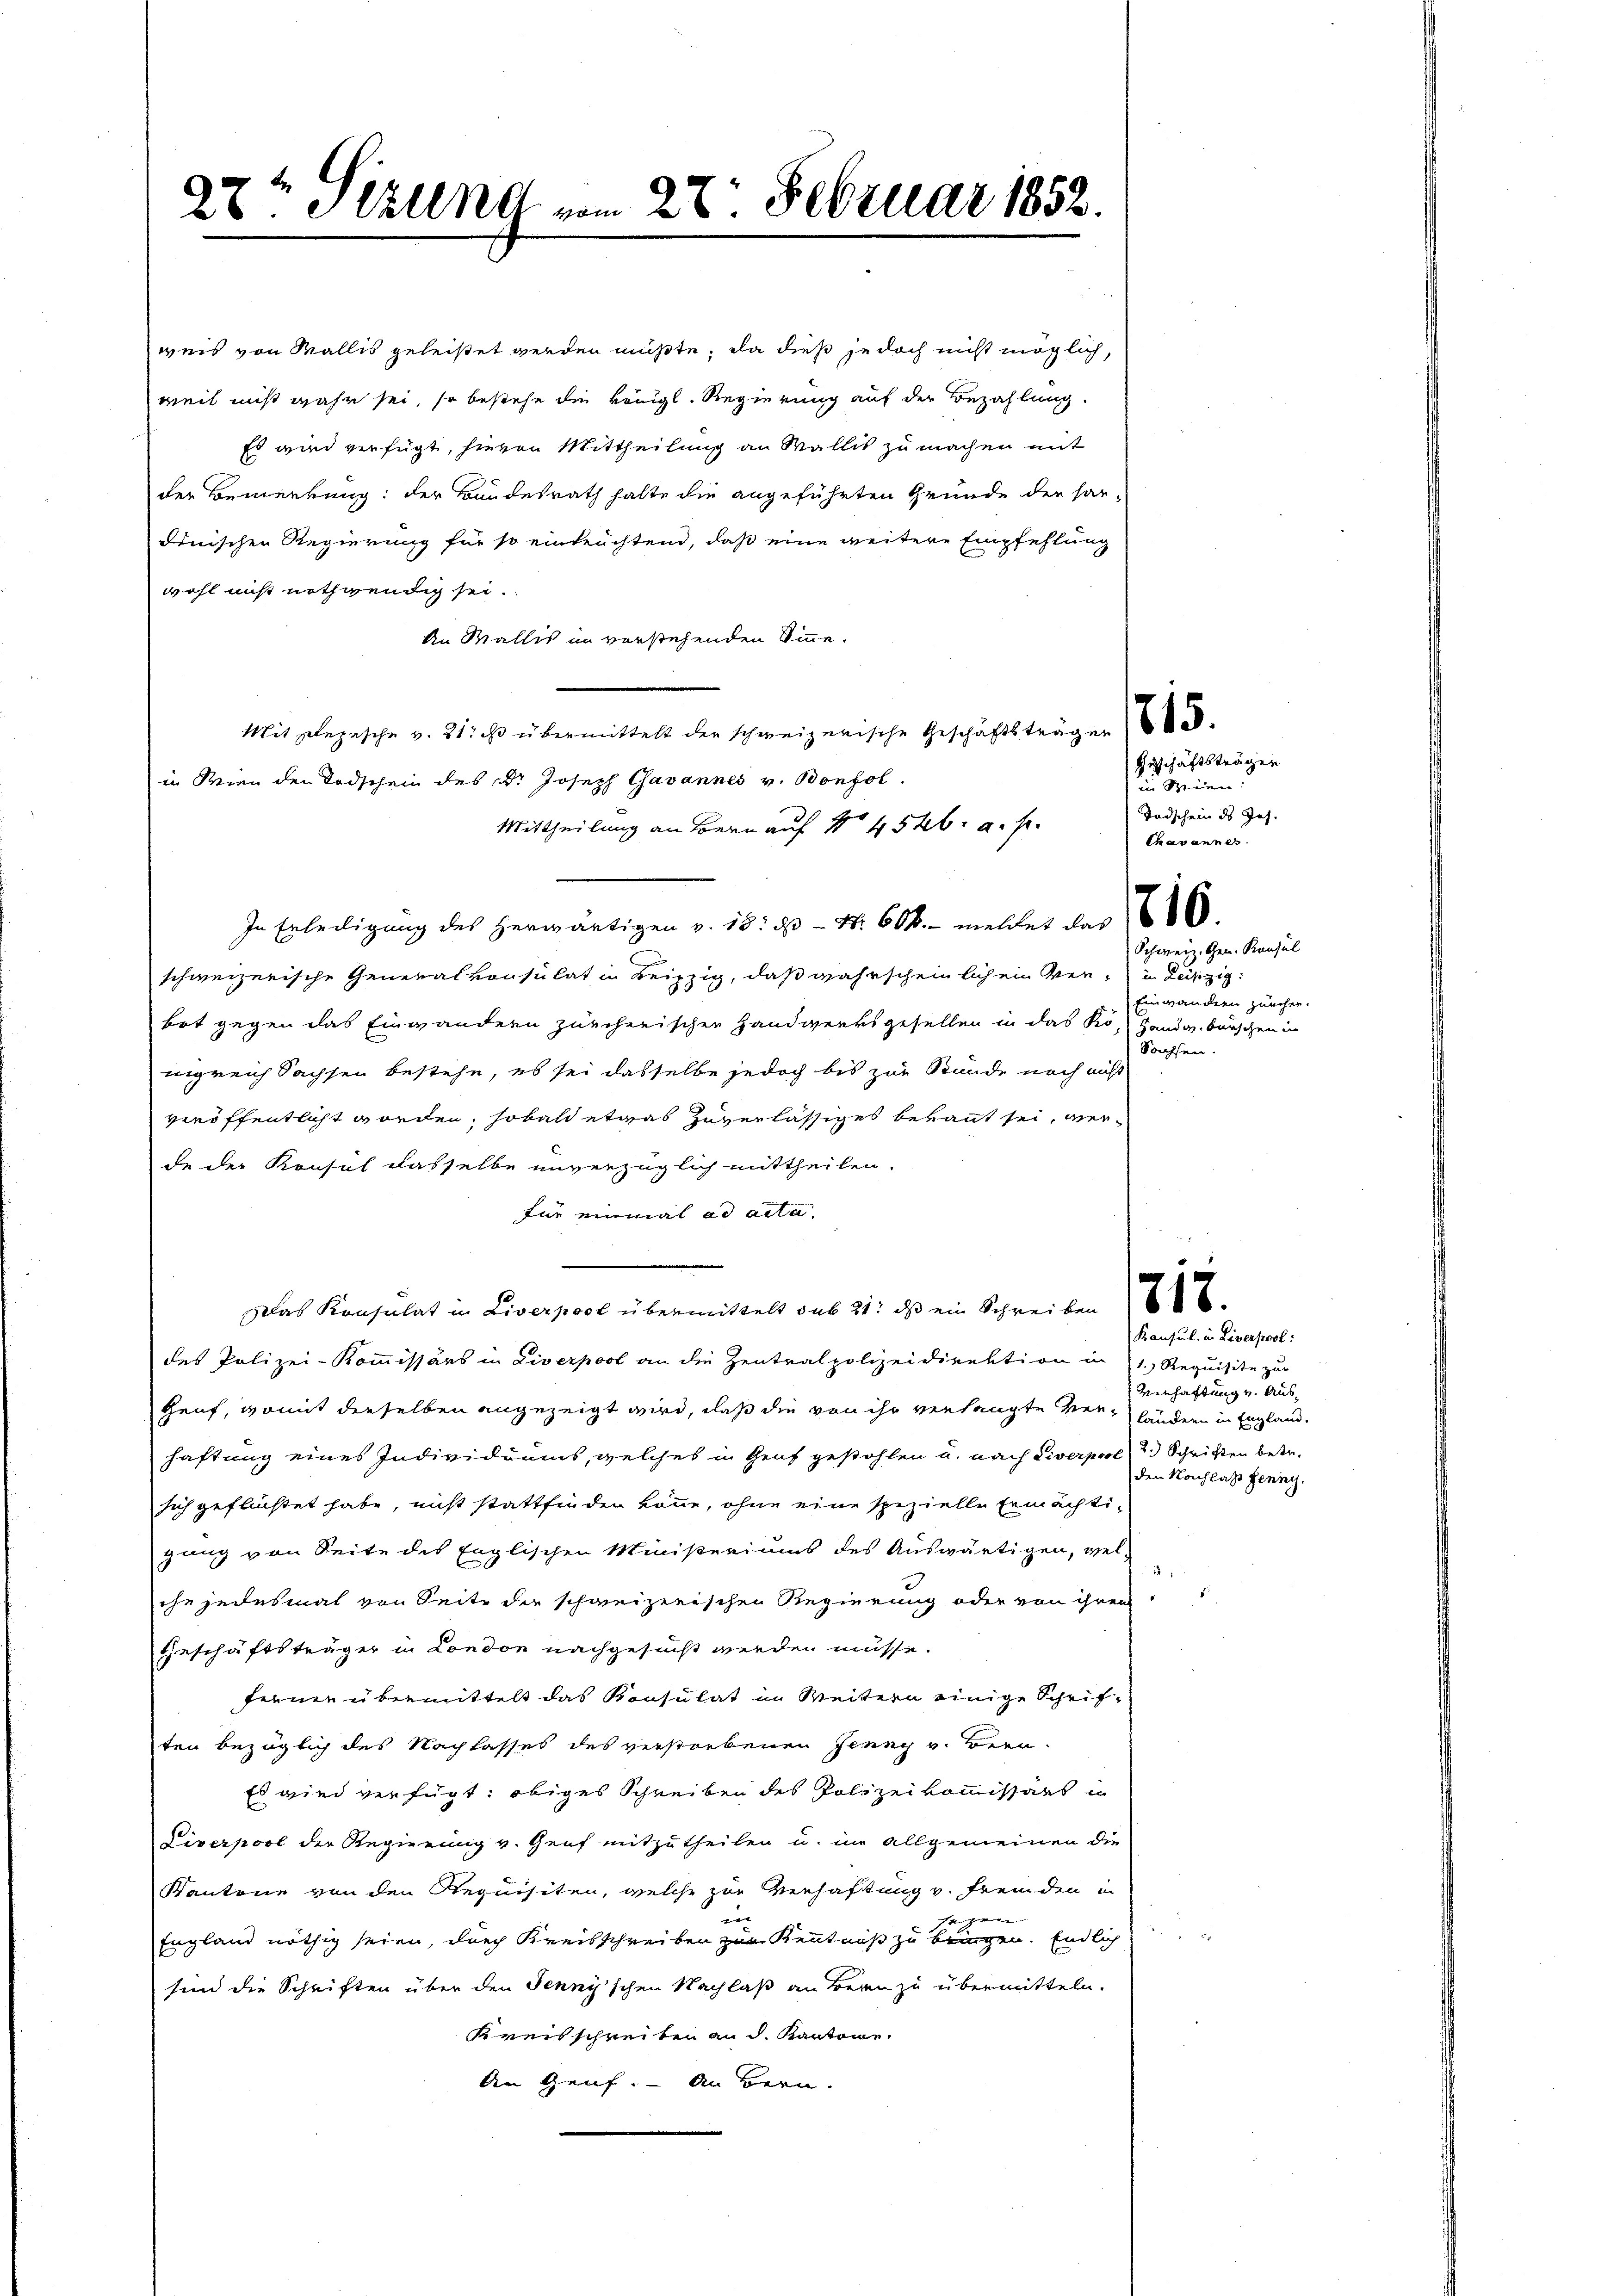
28. Stand vom 28. Februar 1852.

weis von Wallis geleistet werden müßte; da dieß jedoch nicht möglich,
weil nicht wahr sei, so bestehe die königl. Regierung auf der Bezahlung.
Es wird verfügt, hievon Mittheilung an Wallis zu machen mit
der Bemerkung: der Bundesrath halte die angeführten Grunde der har-
dinischen Regierung für so eintrachtend, daß eine weitere Empfehlung
wohl nicht nothwendig sei.
An Wallis in vorstehenden Sinne.
Mit Depesche v. 21. es übermittelt der schweizerische Geschäftsträgen 16.
in Wien den Todschein des Dr. Joseph Gavannes v. Bonfol
Mittheilung an Bern auf 45 f. u. s.
In Erledigung des herwärtigen v. 18. ds Nr. 608. meldet das
schweizerische Generalkonsulat in Leipzig, daß wahrscheinlich ein Ver- u Leiszig
bot gegen das Einwandern zürcherischen Handwerksgesellen in das Ko- Handw. burschen in
nigreich Sachsen bestehe, es sei dasselbe jedoch bis zur Stunde noch nicht
e
veröffentlicht worden, sobald etwas zuverlässiges bekannt sei, werde der Konsul dasselbe unverzüglich mittheilen.
für einmal ad acta
Das Konsulat in Liverpool übermittelt sub 21. ds ein Schreiben
des Polizei-Kommissärs in Liverpool an die Zentralpolizeidirektion in 11. Requisite zur
Genf, womit dieselben angezeigt wird, daß die von ihr verlangte Verländern in Englandhaftung eines Individuums, welches in Genf gestohlen u. nach Diverpool 2. Schriften betr.
sich geflüchtet habe, nicht stattfinden könne, ohne eine spezielle Ermächtigung von Seite des Englischen Ministeriums des Auswärtigen, welche jedesmal von Seite der schweizerischen Regierung oder von ihren
Geschäftsträger in London nachgesucht werden müsse.
ferner übermittelt das Konsulat im Weitern einige Schriften bezüglich des Nachlasses des verstorbenen Jenny v. Bern
Es wird verfügt: obiges Schreiben des Polizeikommissärs in
Liverpool der Regierung v. Genf mitzutheilen u. im allgemeinen die
Kantone von den Requisiten, welche zur Verhaftung v. Fremden in

.
England nöthig seien, durch Kreisschreiber zur Kenntniß zu bringen. Endlich
sind die Schriften über den Jenny'schen Nachlaß an Bern zu übermitteln.
Kreisschreiben an d. Kantone.
An Genf. – An Bern.

Geschäftsträgen
in Seien
Todschein des Jos.
Chavannes.
Schweiz. Gen. Konsul
Einwandern zürcher.
Sachsen.

Konsul in Liverpool:
Verhaftung v. Ausden Nachlass Jenny.